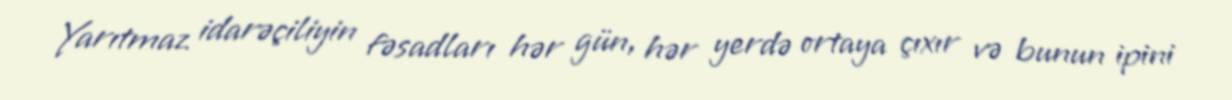
Yarıtmaz idarəçiliyin fəsadları hər gün, hər yerdə ortaya çıxır və bunun ipini